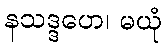
နသဒ္ဒဟေ၊ မယုံ